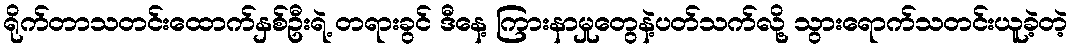
ရိုက်တာသတင်းထောက်နှစ်ဦးရဲ့ တရားခွင် ဒီနေ့ ကြားနာမှုတွေနဲ့ပတ်သက်လို့ သွားရောက်သတင်းယူခဲ့တဲ့